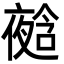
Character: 𭐿